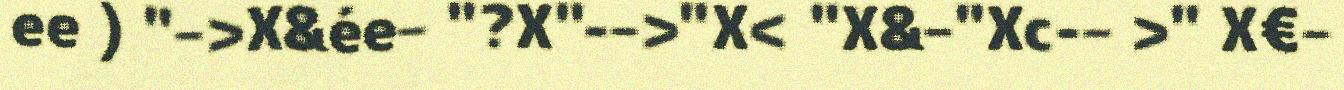
ee ) "–>X&ée– "?X"-–>"X< "X&–"Xc-– >" X€–